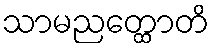
သာမညတ္ထောတိ